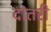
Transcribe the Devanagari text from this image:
दांतरी